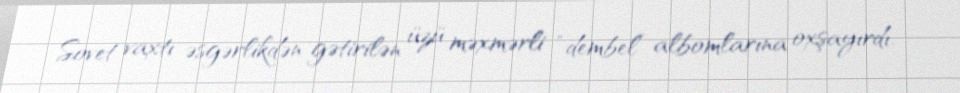
Sovet vaxtı əsgərlikdən gətirilən üzü məxmərli “dembel” albomlarına oxşayırdı.